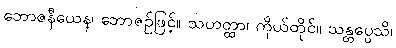
ဘောဇနီယေန၊ ဘောဇဉ်ဖြင့်။ သဟတ္ထာ၊ ကိုယ်တိုင်။ သန္တပ္ပေသိ၊